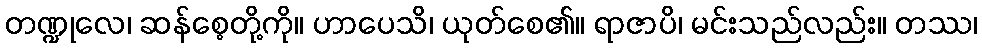
တဏ္ဍုလေ၊ ဆန်စေ့တို့ကို။ ဟာပေသိ၊ ယုတ်စေ၏။ ရာဇာပိ၊ မင်းသည်လည်း။ တဿ၊